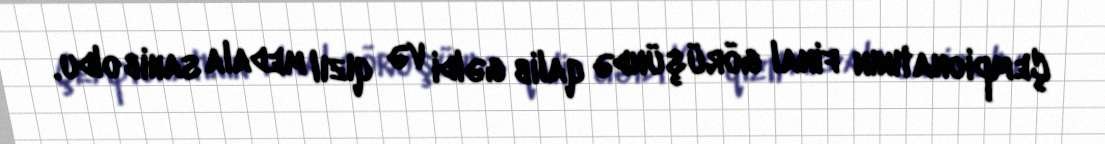
Çempionatının final görüşündə qalib gəldi və qızıl medala sahib oldu.